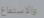
والاستماع